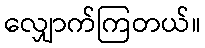
လျှောက်ကြတယ်။